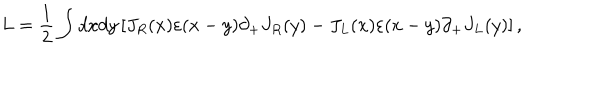
L = \frac { 1 } { 2 } \int d x d y \left[ J _ { R } ( x ) \varepsilon ( x - y ) \partial _ { + } J _ { R } ( y ) - J _ { L } ( x ) \varepsilon ( x - y ) \partial _ { + } J _ { L } ( y ) \right] ,